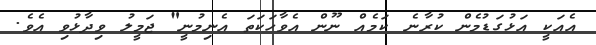
އެއަކީ އަޅުގަޑުމެން ކުރާނެ ކަމެއް ނޫން އެވާހަކަތަ އެނިމުނީ" ޖަމީލު ވިދާޅުވި އެވެ.